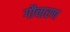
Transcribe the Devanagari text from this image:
गौचारण